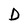
Character: D